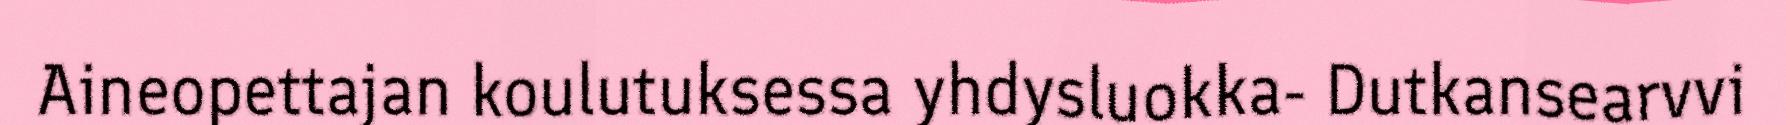
Aineopettajan koulutuksessa yhdysluokka- Dutkansearvvi